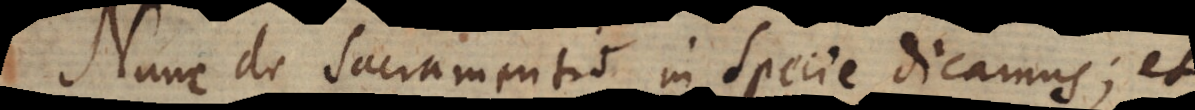
Nunc de sacramentis in specie dicamus; et